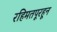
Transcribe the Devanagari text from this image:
रहिमतपूरहून